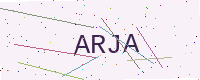
Text: ARJA